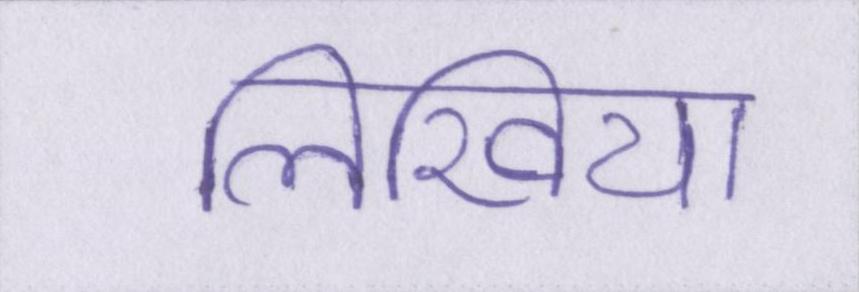
लिखिया